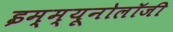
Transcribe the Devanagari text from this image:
इम्म्यूनोलॉजी